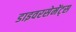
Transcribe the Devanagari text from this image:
डाइवरसेमेंट्स